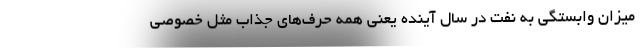
میزان وابستگی به نفت در سال آینده یعنی همه حرف‌های جذاب مثل خصوصی